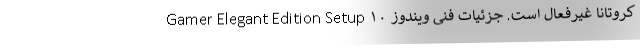
کروتانا غیرفعال است. جزئیات فنی ویندوز ۱۰ Gamer Elegant Edition Setup